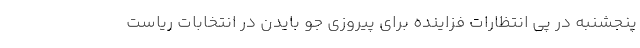
پنجشنبه در پی انتظارات فزاینده برای پیروزی جو بایدن در انتخابات ریاست